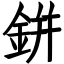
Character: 鉼